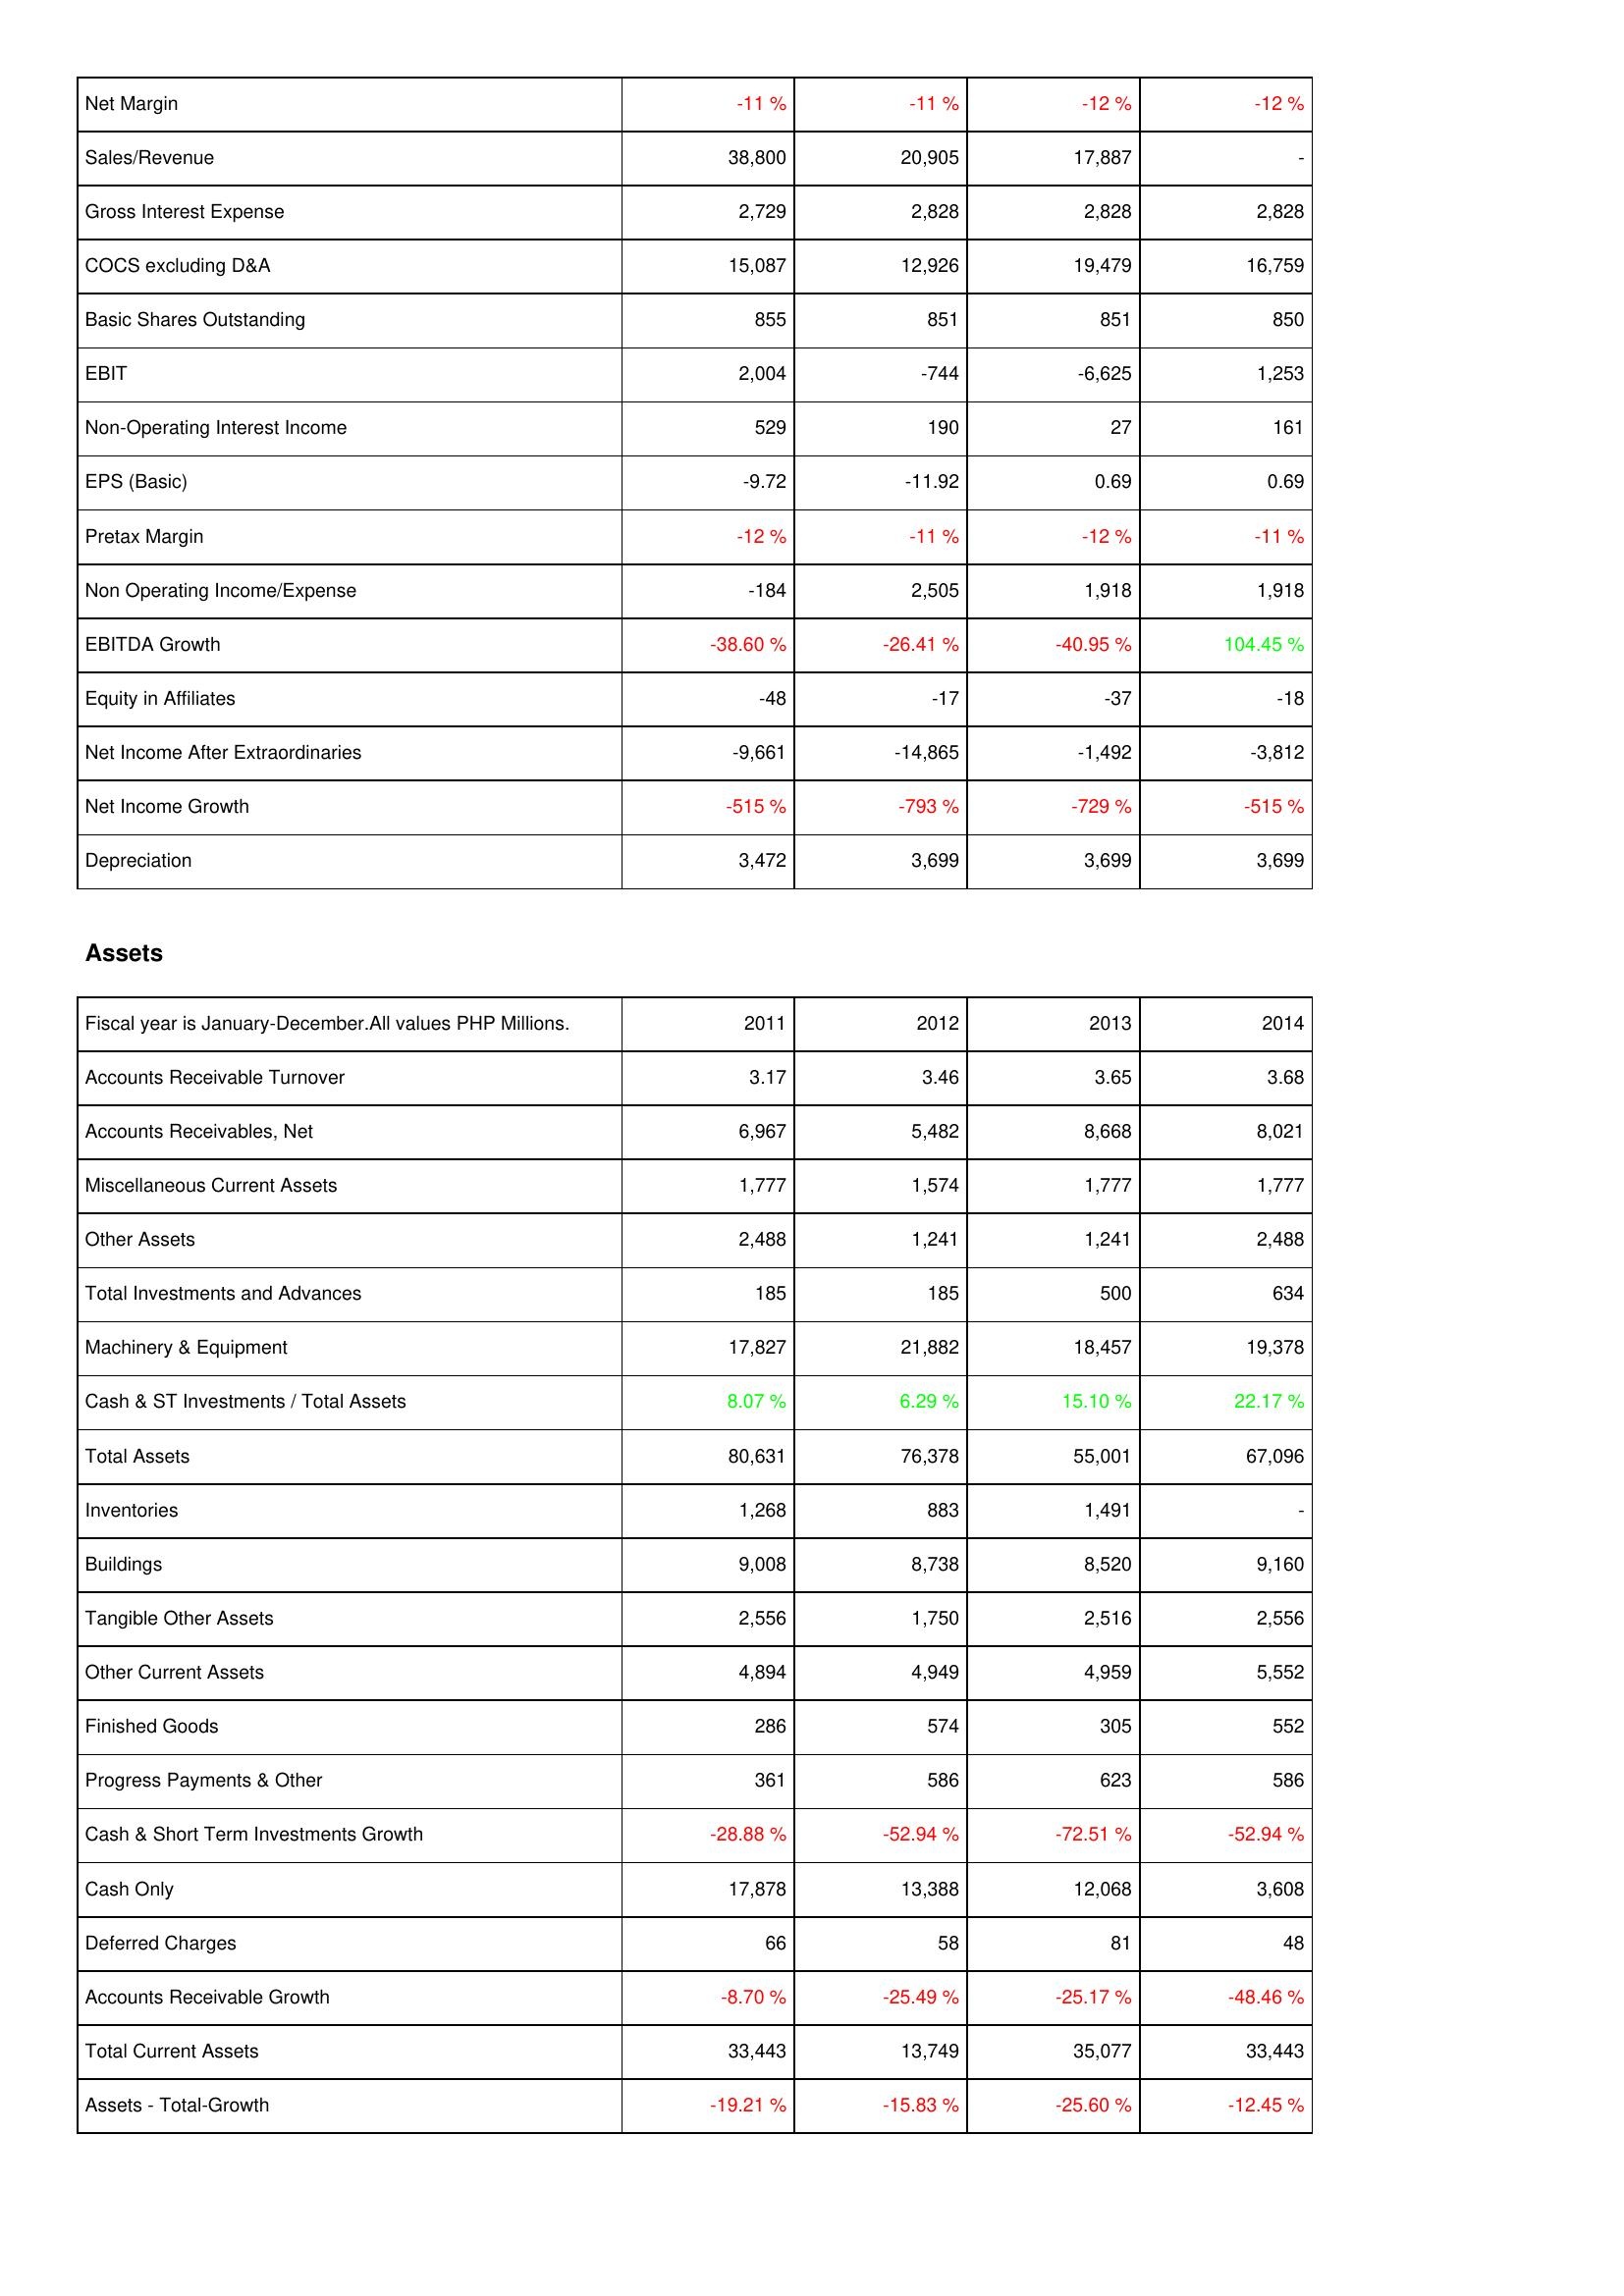
2011: Income Statement: Net Margin: -11 %
Sales/Revenue: 38,800
Gross Interest Expense: 2,729
COCS excluding D&A: 15,087
Basic Shares Outstanding: 855
EBIT: 2,004
Non-Operating Interest Income: 529
EPS (Basic): -9.72
Pretax Margin: -12 %
Non Operating Income/Expense: -184
EBITDA Growth: -38.60 %
Equity in Affiliates: -48
Net Income After Extraordinaries: -9,661
Net Income Growth: -515 %
Depreciation: 3,472
Assets: Accounts Receivable Turnover: 3.17
Accounts Receivables, Net: 6,967
Miscellaneous Current Assets: 1,777
Other Assets: 2,488
Total Investments and Advances: 185
Machinery & Equipment: 17,827
Cash & ST Investments / Total Assets: 8.07 %
Total Assets: 80,631
Inventories: 1,268
Buildings: 9,008
Tangible Other Assets: 2,556
Other Current Assets: 4,894
Finished Goods: 286
Progress Payments & Other: 361
Cash & Short Term Investments Growth: -28.88 %
Cash Only: 17,878
Deferred Charges: 66
Accounts Receivable Growth: -8.70 %
Total Current Assets: 33,443
Assets - Total-Growth: -19.21 %
2012: Income Statement: Net Margin: -11 %
Sales/Revenue: 20,905
Gross Interest Expense: 2,828
COCS excluding D&A: 12,926
Basic Shares Outstanding: 851
EBIT: -744
Non-Operating Interest Income: 190
EPS (Basic): -11.92
Pretax Margin: -11 %
Non Operating Income/Expense: 2,505
EBITDA Growth: -26.41 %
Equity in Affiliates: -17
Net Income After Extraordinaries: -14,865
Net Income Growth: -793 %
Depreciation: 3,699
Assets: Accounts Receivable Turnover: 3.46
Accounts Receivables, Net: 5,482
Miscellaneous Current Assets: 1,574
Other Assets: 1,241
Total Investments and Advances: 185
Machinery & Equipment: 21,882
Cash & ST Investments / Total Assets: 6.29 %
Total Assets: 76,378
Inventories: 883
Buildings: 8,738
Tangible Other Assets: 1,750
Other Current Assets: 4,949
Finished Goods: 574
Progress Payments & Other: 586
Cash & Short Term Investments Growth: -52.94 %
Cash Only: 13,388
Deferred Charges: 58
Accounts Receivable Growth: -25.49 %
Total Current Assets: 13,749
Assets - Total-Growth: -15.83 %
2013: Income Statement: Net Margin: -12 %
Sales/Revenue: 17,887
Gross Interest Expense: 2,828
COCS excluding D&A: 19,479
Basic Shares Outstanding: 851
EBIT: -6,625
Non-Operating Interest Income: 27
EPS (Basic): 0.69
Pretax Margin: -12 %
Non Operating Income/Expense: 1,918
EBITDA Growth: -40.95 %
Equity in Affiliates: -37
Net Income After Extraordinaries: -1,492
Net Income Growth: -729 %
Depreciation: 3,699
Assets: Accounts Receivable Turnover: 3.65
Accounts Receivables, Net: 8,668
Miscellaneous Current Assets: 1,777
Other Assets: 1,241
Total Investments and Advances: 500
Machinery & Equipment: 18,457
Cash & ST Investments / Total Assets: 15.10 %
Total Assets: 55,001
Inventories: 1,491
Buildings: 8,520
Tangible Other Assets: 2,516
Other Current Assets: 4,959
Finished Goods: 305
Progress Payments & Other: 623
Cash & Short Term Investments Growth: -72.51 %
Cash Only: 12,068
Deferred Charges: 81
Accounts Receivable Growth: -25.17 %
Total Current Assets: 35,077
Assets - Total-Growth: -25.60 %
2014: Income Statement: Net Margin: -12 %
Sales/Revenue: -
Gross Interest Expense: 2,828
COCS excluding D&A: 16,759
Basic Shares Outstanding: 850
EBIT: 1,253
Non-Operating Interest Income: 161
EPS (Basic): 0.69
Pretax Margin: -11 %
Non Operating Income/Expense: 1,918
EBITDA Growth: 104.45 %
Equity in Affiliates: -18
Net Income After Extraordinaries: -3,812
Net Income Growth: -515 %
Depreciation: 3,699
Assets: Accounts Receivable Turnover: 3.68
Accounts Receivables, Net: 8,021
Miscellaneous Current Assets: 1,777
Other Assets: 2,488
Total Investments and Advances: 634
Machinery & Equipment: 19,378
Cash & ST Investments / Total Assets: 22.17 %
Total Assets: 67,096
Inventories: -
Buildings: 9,160
Tangible Other Assets: 2,556
Other Current Assets: 5,552
Finished Goods: 552
Progress Payments & Other: 586
Cash & Short Term Investments Growth: -52.94 %
Cash Only: 3,608
Deferred Charges: 48
Accounts Receivable Growth: -48.46 %
Total Current Assets: 33,443
Assets - Total-Growth: -12.45 %